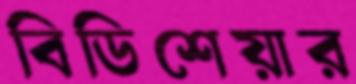
বিডিশেয়ার